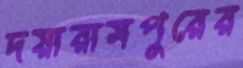
দয়ারামপুরের